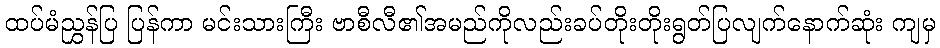
ထပ်မံညွှန်ပြ ပြန်ကာ မင်းသားကြီး ဗာစီလီ၏အမည်ကိုလည်းခပ်တိုးတိုးရွတ်ပြလျက်နောက်ဆုံး ကျမှ